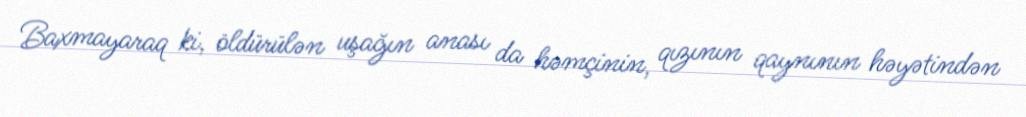
Baxmayaraq ki, öldürülən uşağın anası da həmçinin, qızının qaynının həyətindən